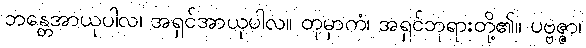
ဘန္တေအာယုပါလ၊ အရှင်အာယုပါလ။ တုမှာကံ၊ အရှင်ဘုရားတို့၏။ ပဗ္ဗဇ္ဇာ၊